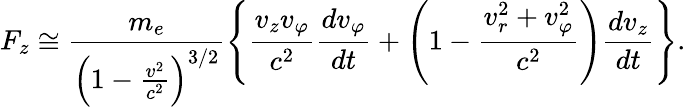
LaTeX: F_{z}\cong\frac{m_{e}}{\left(1-\frac{v^{2}}{c^{2}}\right)^{3/2}}\left\{ \frac{v_{z}v_{\varphi}}{c^{2}}\frac{dv_{\varphi}}{dt}+\left(1-\frac{v_{r}^{2}+v_{\varphi}^{2}}{c^{2}}\right)\frac{dv_{z}}{dt}\right\} .